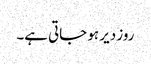
روز دیر ہو جاتی ہے۔